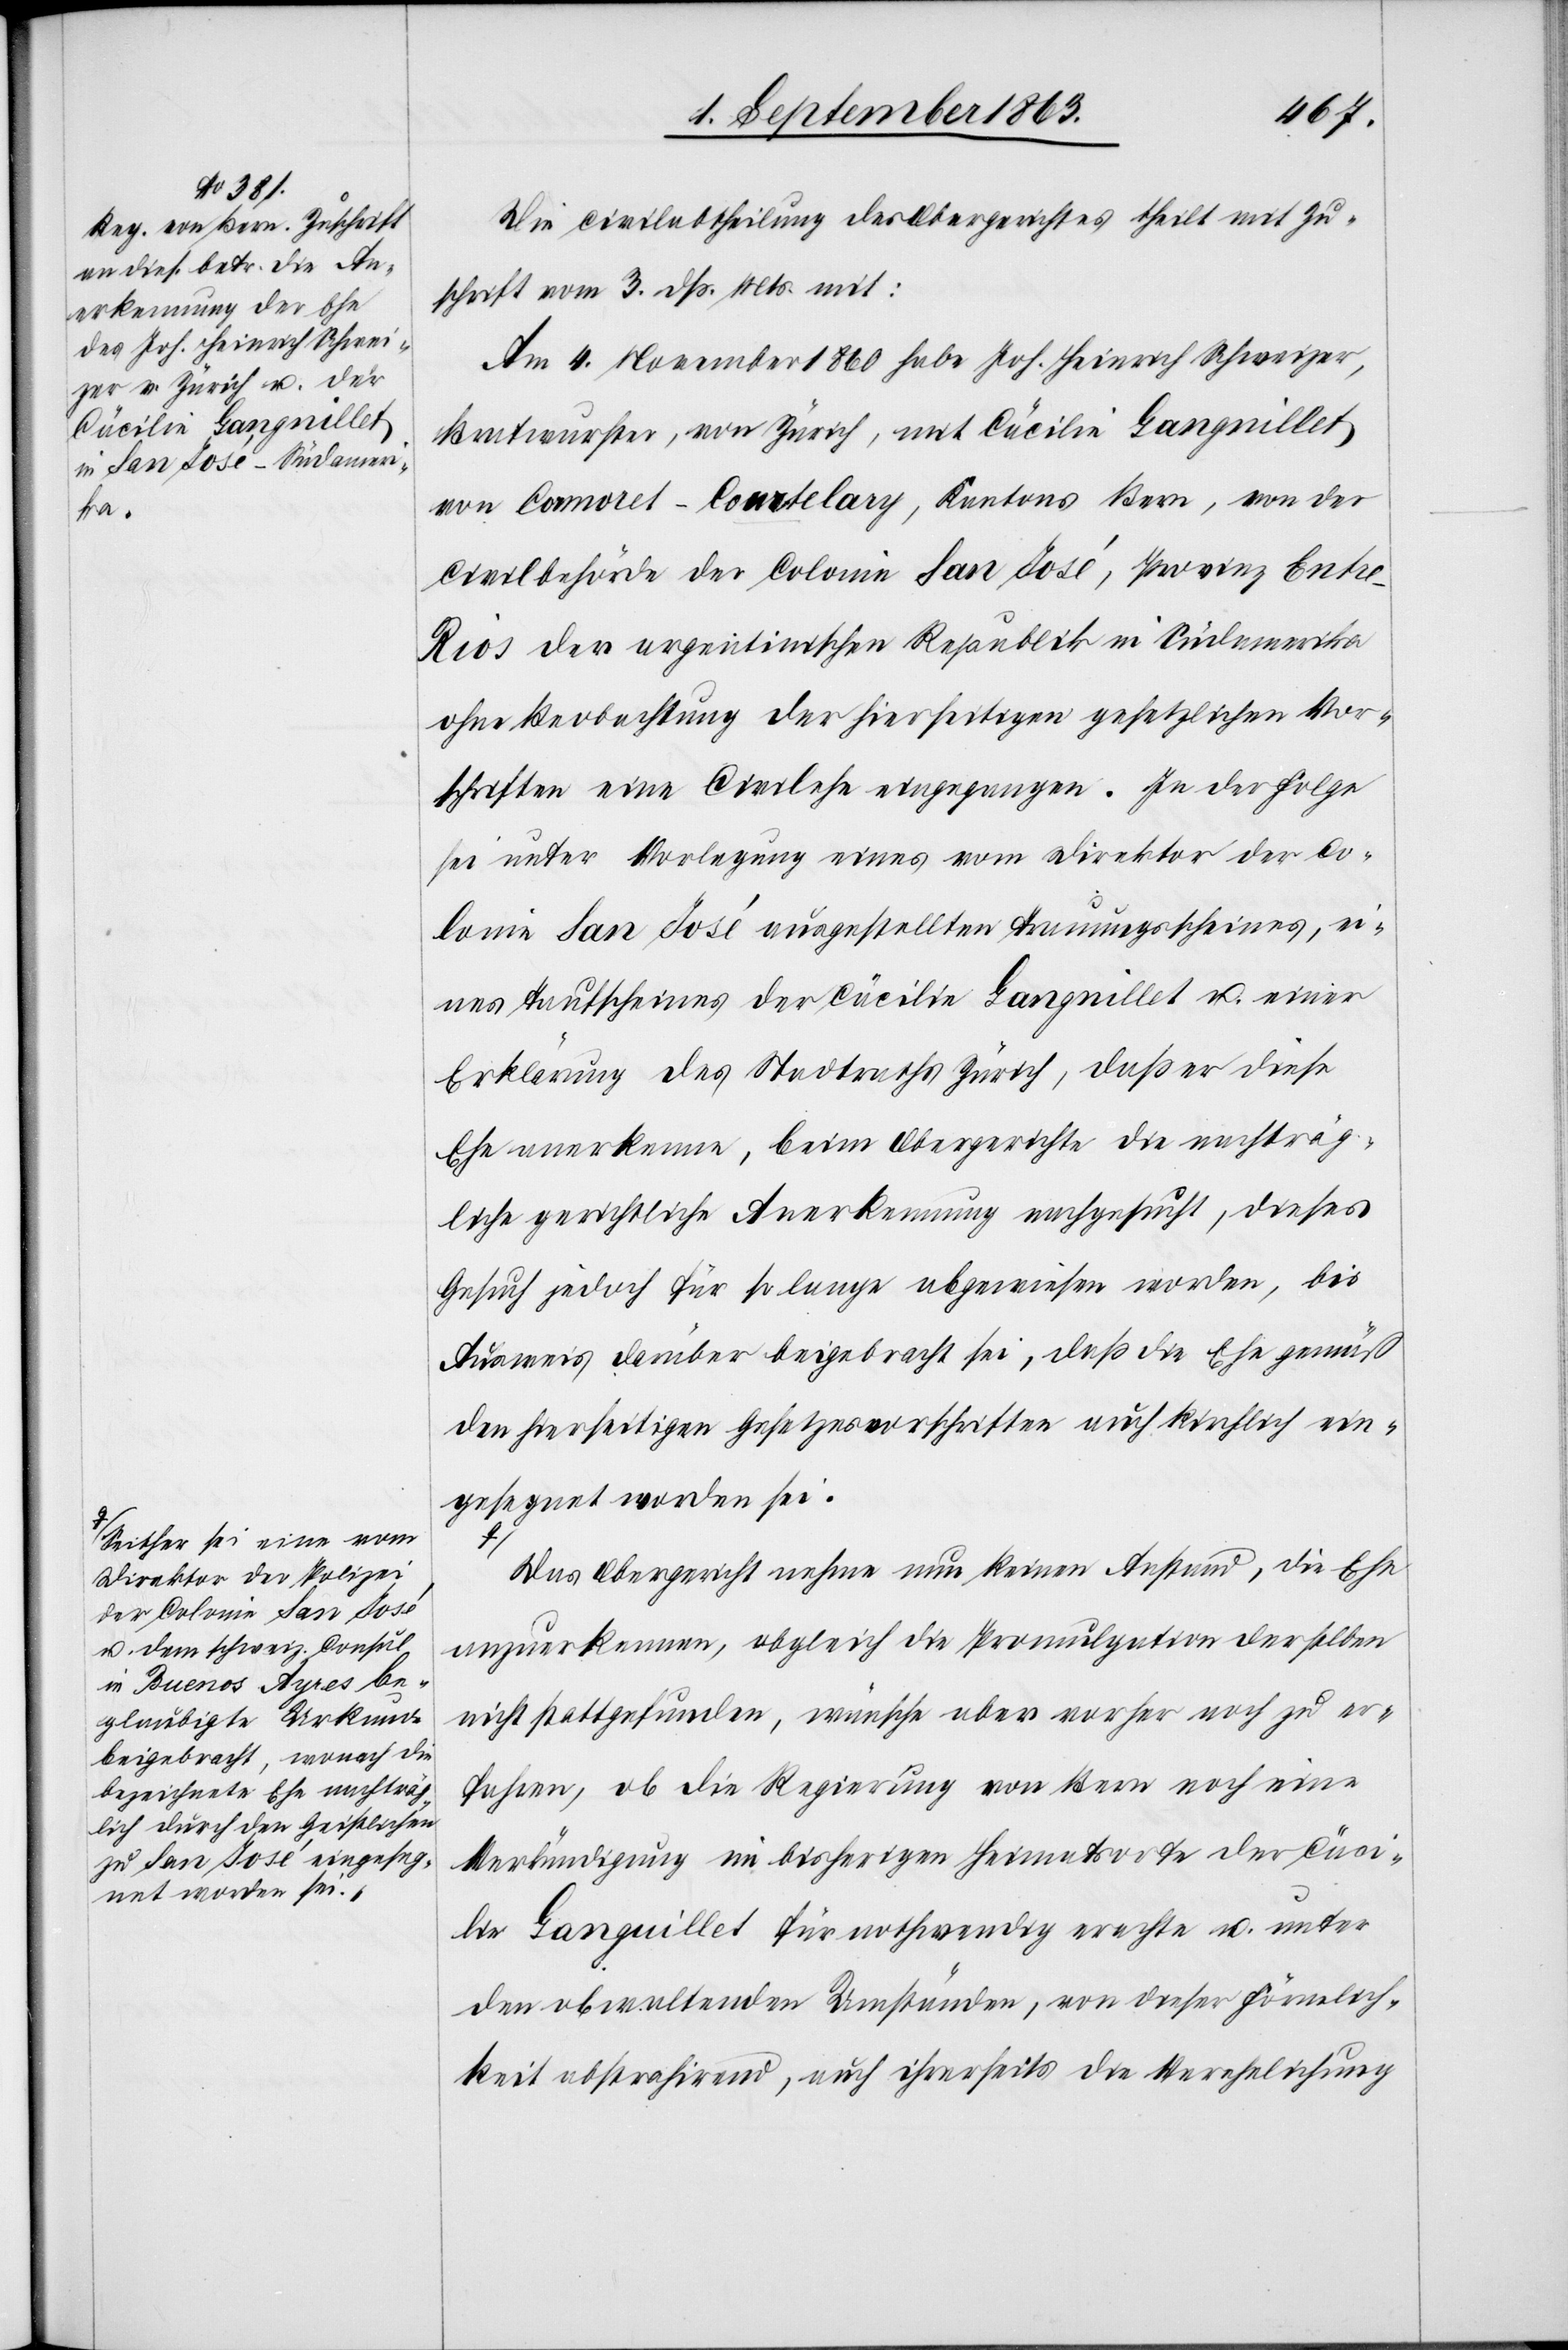
a-Seither sei eine vom
Direktor der Polizei
der Colonie San José
u. dem schweiz. Consul
in Buenos Ayres be¬
glaubigte Urkunde
beigebracht, wonach die
bezeichnete Ehe nachträg¬
lich durch den Geistlichen
zu San José eingeseg¬
net worden sei.-a

5. September 1863.]
Die Civilabtheilung des Obergerichtes theilt mit Zu¬
schrift vom 3. dß. Mts. mit:
Am 4. November 1860 habe Joh. Heinrich Schweizer,
Bratwurster, von Zürich, mit Cäcilie Gangnillet
von Cormoret-Courtelary, Kantons Bern, von der
Civilbehörde der Colonie San José, Provinz Entr¬
e-Rios der argentinischen Republik in Südamerika
ohne Beobachtung der hierseitigen gesetzlichen Vor¬
schriften eine Civilehe eingegangen. In der Folge
sei unter Vorlegung eines vom Direktor der Co¬
lonie San José ausgestellten Trauungsscheines, ei¬
nes Taufscheines der Cäcilie Gangnillet u. einer
Erklärung des Stadtraths Zürich, daß er diese
Ehe anerkenne, beim Obergerichte die nachträg¬
liche gerichtliche Anerkennung nachgesucht, dieses
Gesuch jedoch für so lange abgewiesen worden, bis
Ausweis darüber beigebracht sei, daß die Ehe gemäß
den hierseitigen Gesetzesvorschriften auch kirchlich ein¬
gesegnet worden sei.
Das Obergericht nehme nun keinen Anstand, die Ehe
anzuerkennen, obgleich die Promulgation derselben
nicht stattgefunden, wünsche aber vorher noch zu er¬
fahren, ob die Regierung von Bern noch eine
Verkündigung im bisherigen Heimatsorte der Cäci¬
lie Ganguillet für nothwendig erachte u. unter
den obwaltenden Umständen, von dieser Förmlich¬
keit abstrahirend, auch ihrerseits die Verehelichung